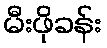
မီးဖိုခန်း